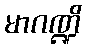
မာဂဏ္ဍိ